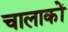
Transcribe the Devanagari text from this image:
चालाकों